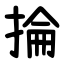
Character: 掄